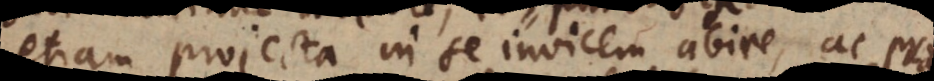
etiam projecta in se invicem abire, ac proi